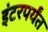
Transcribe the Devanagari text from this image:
इंटरपर्यंत